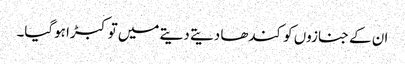
ان کے جنازوں کو کندھا دیتے دیتے میں توکبڑا ہوگیا۔